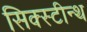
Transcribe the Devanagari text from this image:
सिक्स्टीन्थ